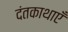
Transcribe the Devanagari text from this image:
दंतकाथाएँ